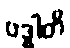
ဗဒ္ဓါတိ